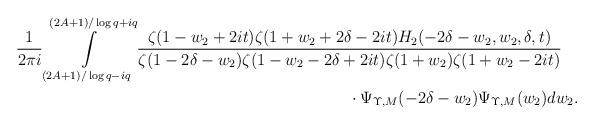
LaTeX: \begin{align*} & \frac{1}{2\pi i} \int\limits_{(2A+1)/\log q -iq}^{(2A+1)/\log q +iq} \frac{\zeta(1-w_2+2it)\zeta(1+w_2+2\delta-2it)H_2(-2\delta-w_2,w_2,\delta,t) }{\zeta(1-2\delta-w_2)\zeta(1-w_2-2\delta+2it)\zeta(1+w_2)\zeta(1+w_2-2it)}\\ & \hskip 240pt \cdot \Psi_{\Upsilon,M}(-2\delta-w_2) \Psi_{\Upsilon,M}(w_2) dw_2. \end{align*}